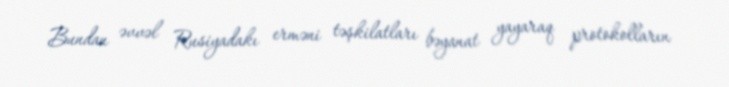
Bundan əvvəl Rusiyadakı erməni təşkilatları bəyanat yayaraq protokolların